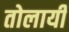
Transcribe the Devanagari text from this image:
तोलायी